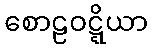
စောဠဝဋ္ဋိယာ